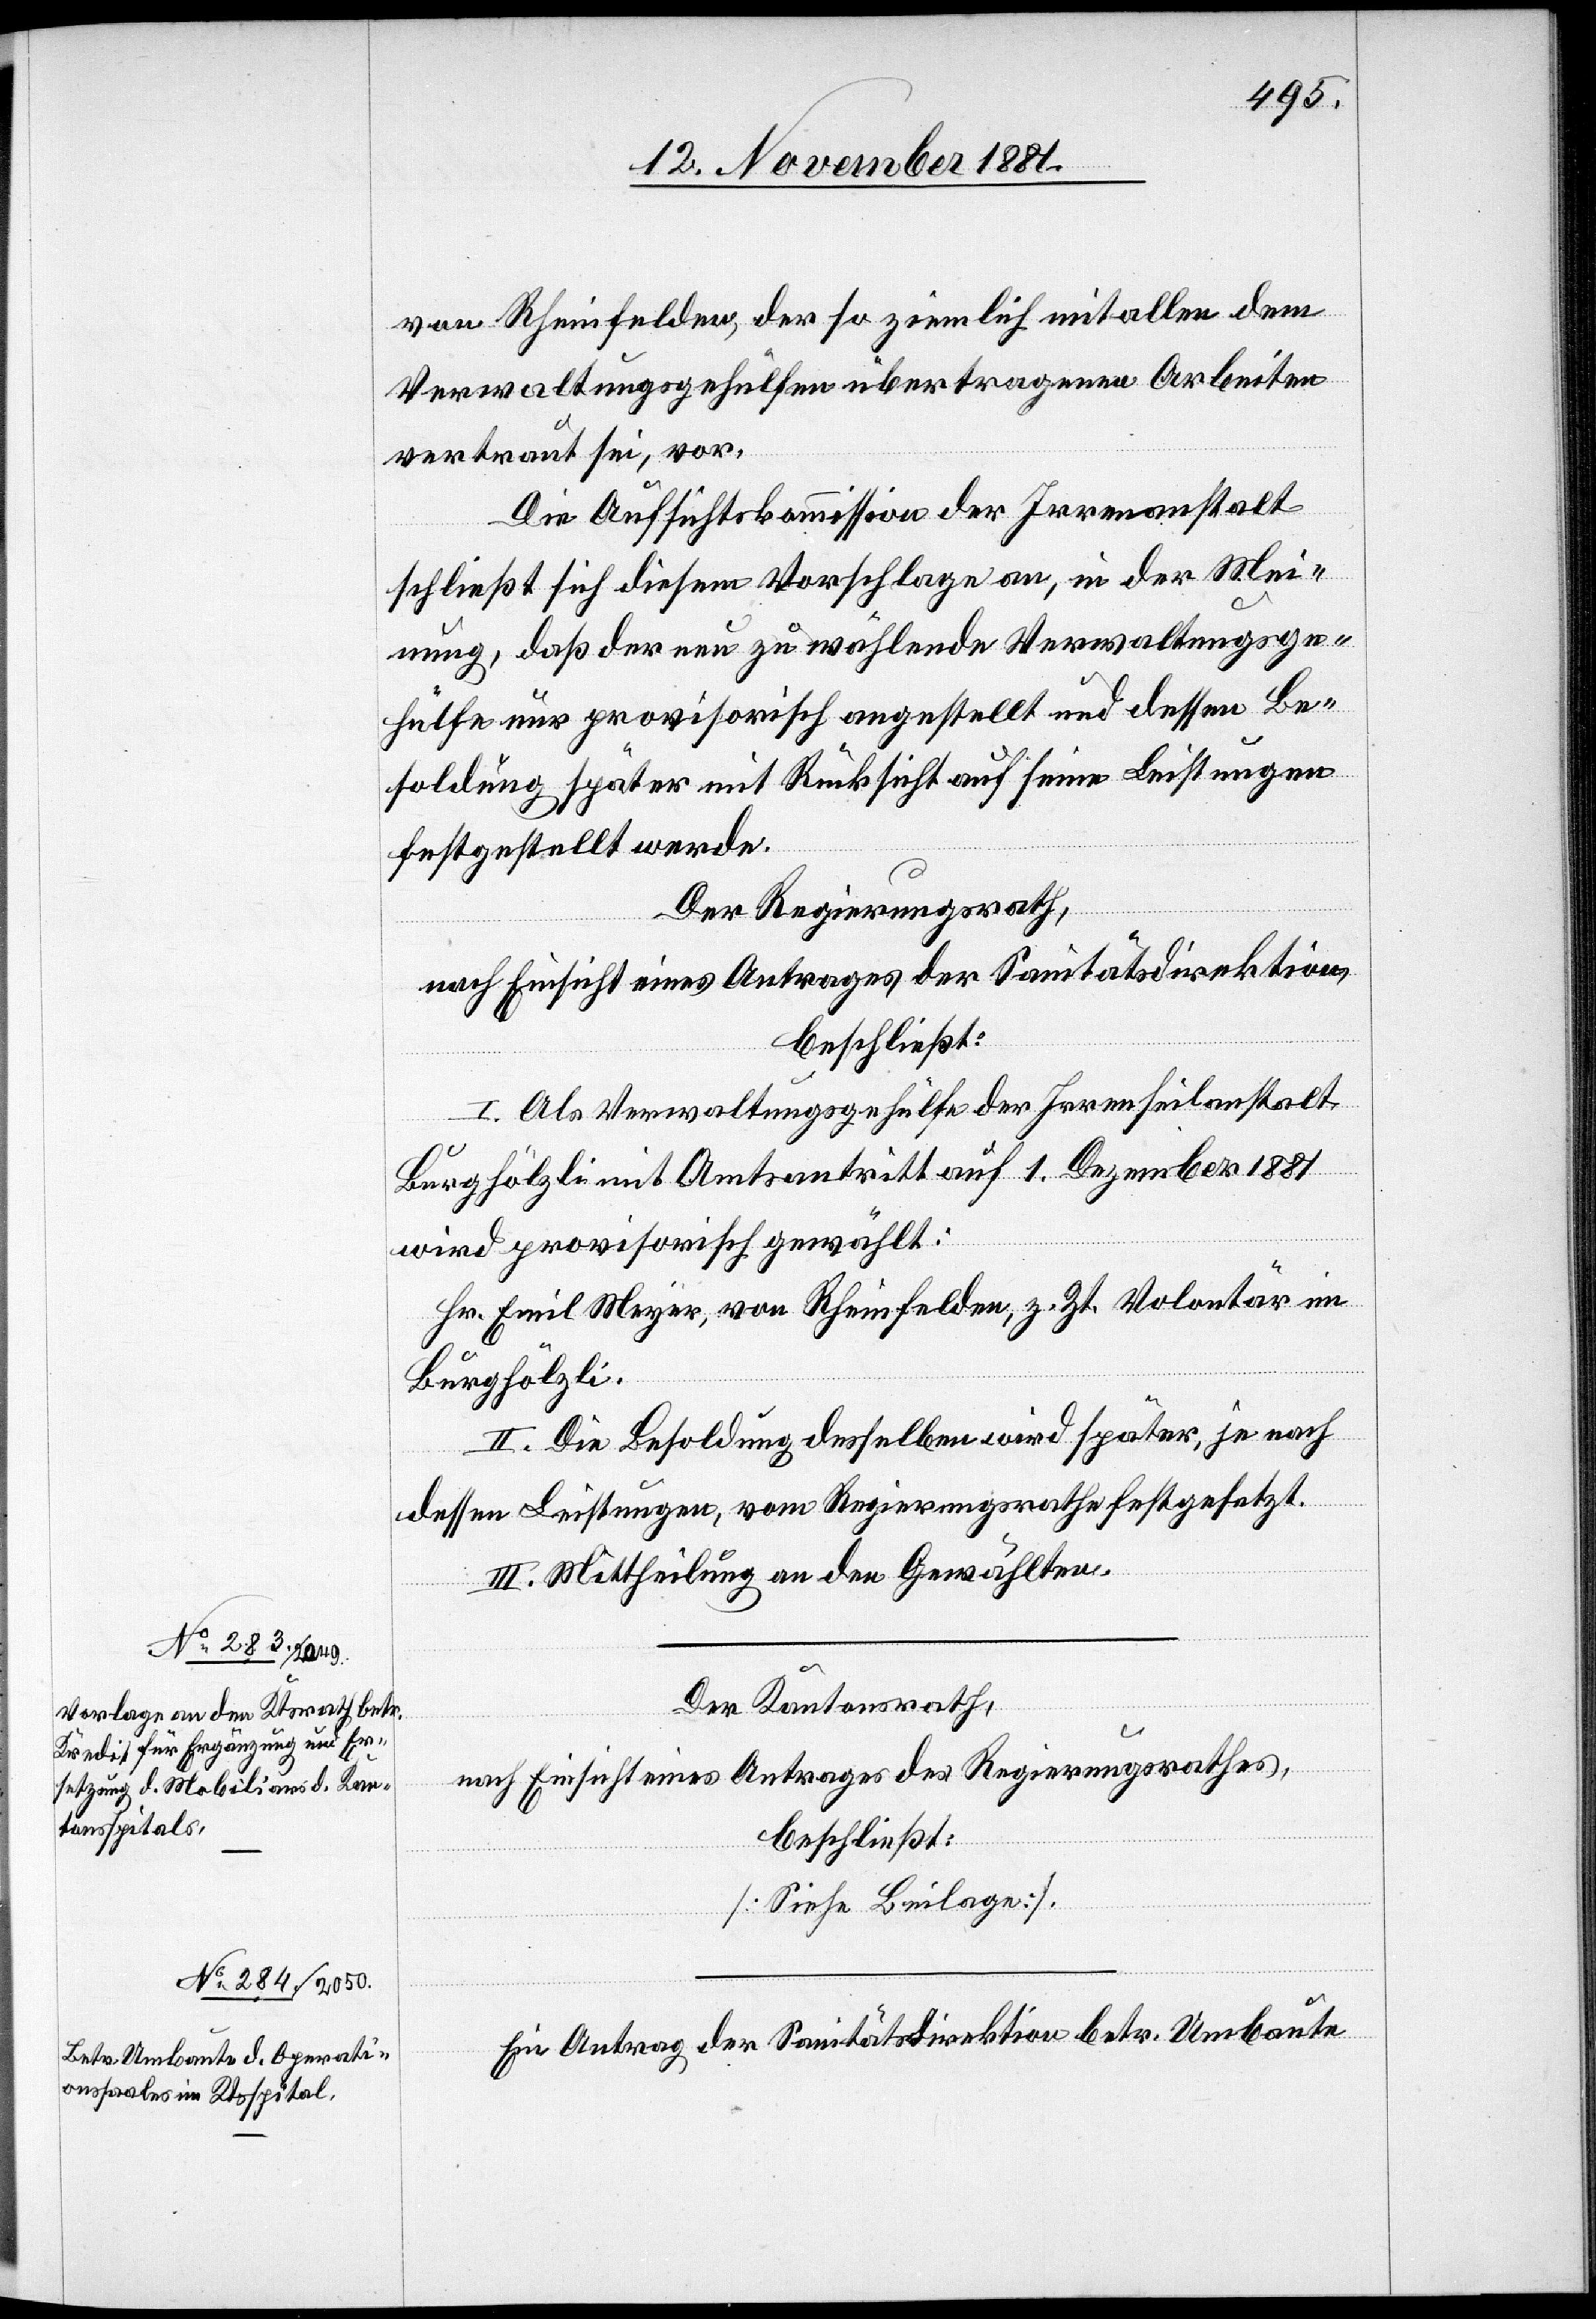
von Rheinfelden, der so ziemlich mit allen dem
Verwaltungsgehülfen übertragenen Arbeiten
vertraut sei, vor.
Die Aufsichtskommission der Irrenanstalt
schließt sich diesem Vorschlage an, in der Mei¬
nung, daß der nun zu wählende Verwaltungsge¬
hülfe nur provisorisch angestellt und dessen Be¬
soldung später mit Rücksicht auf seine Leistungen
festgestellt werde.
Der Regierungsrath,
nach Einsicht eines Antrages der Sanitätsdirektion,
beschließt:
I. Als Verwaltungsgehülfe der Irrenheilanstalt
Burghölzli mit Amtsantritt auf 1. Dezember 1881
wird provisorisch gewählt:
Hr. Emil Meyer, von Rheinfelden, z. Zt. Volontär im
Burghölzli.
II. Die Besoldung desselben wird später, je nach
dessen Leistungen, vom Regierungsrathe festgesetzt.
III. Mittheilung an den Gewählten.
Der Kantonsrath,
nach Einsicht eines Antrages des Regierungsrathes,
beschließt:
[Siehe Beilage].
Ein Antrag der Sanitätsdirektion betr. Umbaute